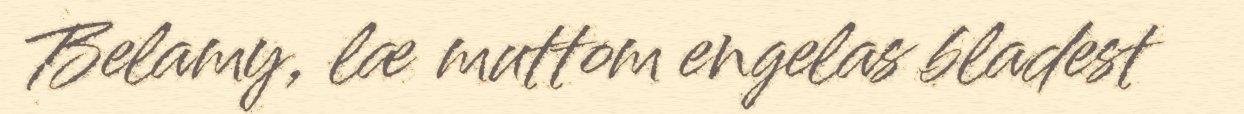
Belamy, læ muttom engelas bladest